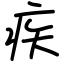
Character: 疾